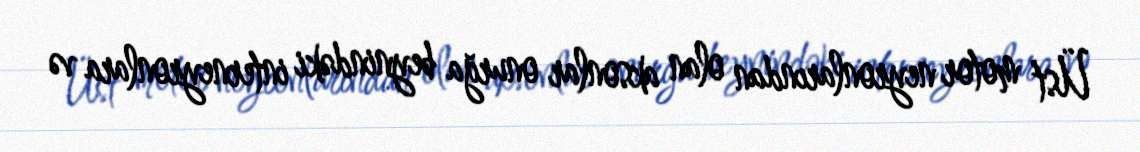
Üst motor neyronlarından olan aksonlar onurğa beynindəki interneyronlara və